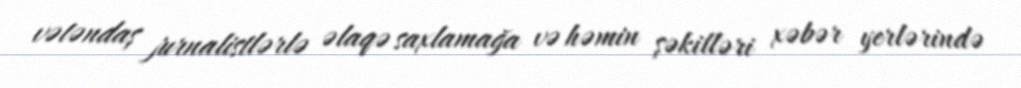
vətəndaş jurnalistlərlə əlaqə saxlamağa və həmin şəkilləri xəbər yerlərində